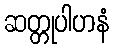
ဆတ္တုပါဟနံ